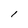
Character: l